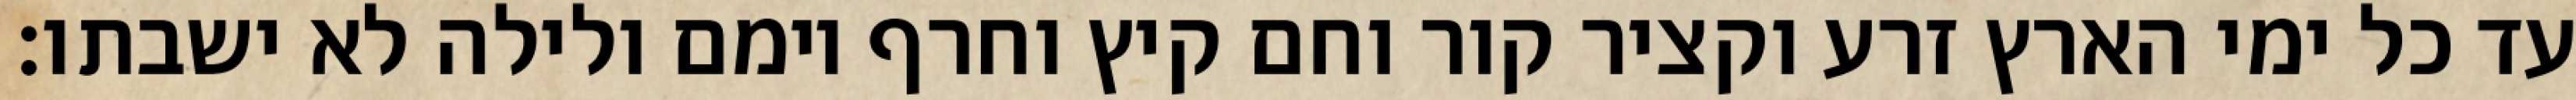
עד כל ימי הארץ זרע וקציר קור וחם קיץ וחרף יומם ולילה לא ישבתו׃